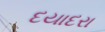
દયાદરા